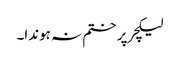
لیکچر پر ختم نہ ہوندا۔